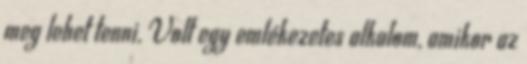
meg lehet tenni. Volt egy emlékezetes alkalom, amikor az